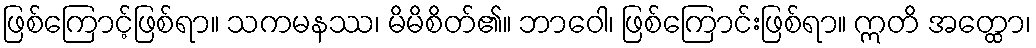
ဖြစ်ကြောင့်ဖြစ်ရာ။ သကမနဿ၊ မိမိစိတ်၏။ ဘာဝေါ၊ ဖြစ်ကြောင်းဖြစ်ရာ။ ဣတိ အတ္ထော၊